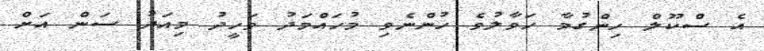
އެ ސްކޫލް ހިންގުމާ ހަވާލުވެ ހުންނެވި މުހައްމަދު ވަހީދު މިއަދު ސަން އަށް